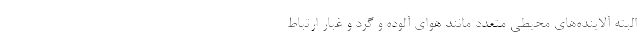
البته آلاینده‌های محیطی متعدد مانند هوای آلوده و گرد و غبار ارتباط